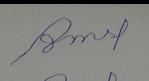
Signature authenticity: forged